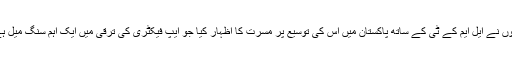
انہوں نے ایل ایم کے ٹی کے ساتھ پاکستان میں اس کی توسیع پر مسرت کا اظہار کیا جو ایپ فیکٹری کی ترقی میں ایک اہم سنگ میل ہے۔